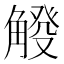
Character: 𧤔